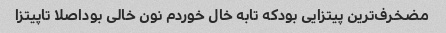
مضخرف‌ترین پیتزایی بودکه تابه خال خوردم نون خالی بوداصلا تاپیتزا